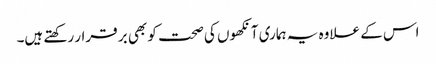
اس کے علاوہ یہ ہماری آنکھوں کی صحت کو بھی بر قرار رکھتے ہیں۔